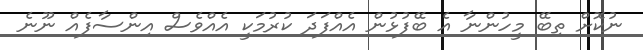
ނުކޮށް ތިބޭ މީހުންނާ އެ ބޭފުޅުން އެއްފަދަ ކުރުމަކީ އެއްވެސް އިންސާފެއް ނޫނެ